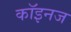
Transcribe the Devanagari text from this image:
कॉइनज